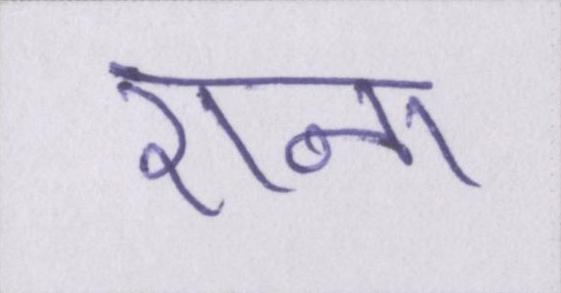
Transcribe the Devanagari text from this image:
राना